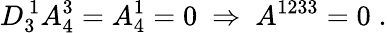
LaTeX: D_{3}^{\, 1}A_{4}^{3}=A_{4}^{1}=0\ \Rightarrow\ A^{1233}=0\; .